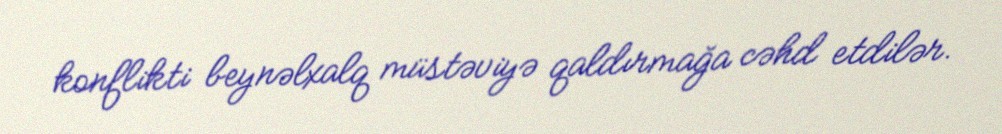
konflikti beynəlxalq müstəviyə qaldırmağa cəhd etdilər.